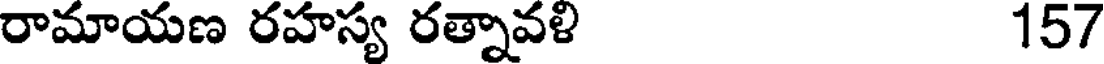
రామాయణ రహస్య రత్నావళి 157